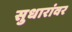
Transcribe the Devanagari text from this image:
सुधारांवर